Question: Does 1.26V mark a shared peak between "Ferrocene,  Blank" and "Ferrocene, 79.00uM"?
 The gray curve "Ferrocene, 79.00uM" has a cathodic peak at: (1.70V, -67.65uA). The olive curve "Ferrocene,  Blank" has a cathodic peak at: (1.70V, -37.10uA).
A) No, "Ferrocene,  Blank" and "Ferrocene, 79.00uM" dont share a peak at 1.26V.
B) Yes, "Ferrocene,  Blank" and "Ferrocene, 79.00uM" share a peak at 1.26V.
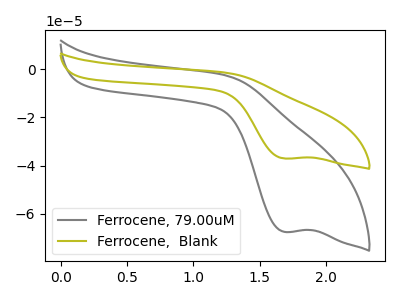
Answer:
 <answer>A) No, "Ferrocene,  Blank" and "Ferrocene, 79.00uM" dont share a peak at 1.26V.</answer>
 <eval>A</eval>